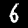
Digit: 6